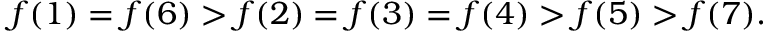
f ( 1 ) = f ( 6 ) > f ( 2 ) = f ( 3 ) = f ( 4 ) > f ( 5 ) > f ( 7 ) .